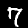
Label: 7